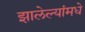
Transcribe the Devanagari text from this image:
झालेल्यांमधे